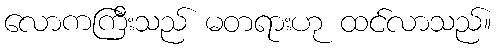
လောကကြီးသည် မတရားဟု ထင်လာသည်။